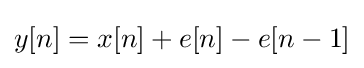
y[n]=x[n]+e[n]-e[n-1]